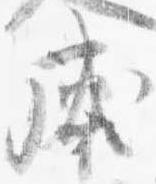
威